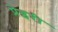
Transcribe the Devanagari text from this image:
प्रेइरी